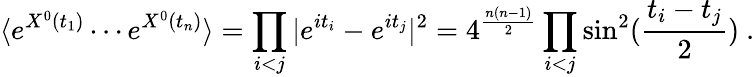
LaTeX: \langle e^{X^{0}(t_{1})}\cdots e^{X^{0}(t_{n})}\rangle=\prod_{i<j}|e^{it_{i}}-e^{it_{j}}|^{2}=4^{\frac{n(n-1)}{2}}\prod_{i<j}\sin^{2}({\frac{t_{i}-t_{j}}{2}})~.